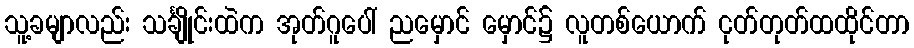
သူ့ခမျာလည်း သင်္ချိုင်းထဲက အုတ်ဂူပေါ် ညမှောင် မှောင်၌ လူတစ်ယောက် ငုတ်တုတ်ထထိုင်တာ